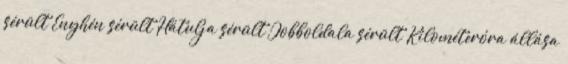
sérült Enyhén sérült Hátulja sérült Jobboldala sérült Kilométeróra állása